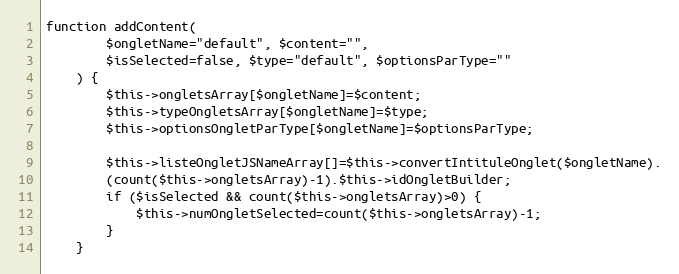
Language: PHP
function addContent(
        $ongletName="default", $content="",
        $isSelected=false, $type="default", $optionsParType=""
    ) {
        $this->ongletsArray[$ongletName]=$content;
        $this->typeOngletsArray[$ongletName]=$type;
        $this->optionsOngletParType[$ongletName]=$optionsParType;

        $this->listeOngletJSNameArray[]=$this->convertIntituleOnglet($ongletName).
        (count($this->ongletsArray)-1).$this->idOngletBuilder;
        if ($isSelected && count($this->ongletsArray)>0) {
            $this->numOngletSelected=count($this->ongletsArray)-1;
        }
    }